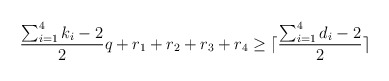
\begin{align*}\frac{\sum_{i=1}^4 k_i -2}{2} q + r_1 + r_2 + r_3+r_4 \ge \lceil \frac{\sum_{i=1}^4 d_i -2}{2} \rceil\end{align*}